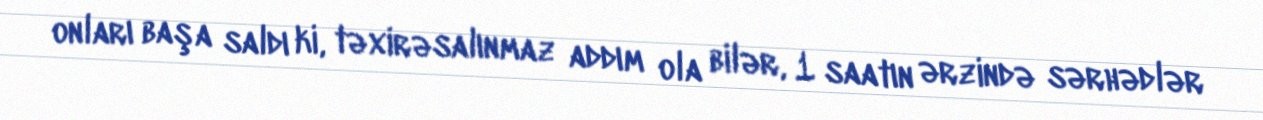
onları başa saldı ki, təxirəsalınmaz addım ola bilər, 1 saatın ərzində sərhədlər